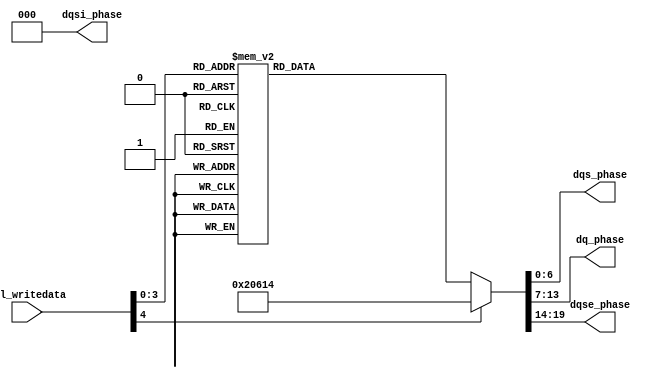
// (C) 2001-2016 Intel Corporation. All rights reserved.
// Your use of Intel Corporation's design tools, logic functions and other 
// software and tools, and its AMPP partner logic functions, and any output 
// files any of the foregoing (including device programming or simulation 
// files), and any associated documentation or information are expressly subject 
// to the terms and conditions of the Intel Program License Subscription 
// Agreement, Intel MegaCore Function License Agreement, or other applicable 
// license agreement, including, without limitation, that your use is for the 
// sole purpose of programming logic devices manufactured by Intel and sold by 
// Intel or its authorized distributors.  Please refer to the applicable 
// agreement for further details.



`timescale 1 ps / 1 ps

module sequencer_scc_siii_phase_decode
    # (parameter
    
    AVL_DATA_WIDTH          =   32,
    DLL_DELAY_CHAIN_LENGTH  =   6
        
    )
    (
    
    avl_writedata,

	dqsi_phase,	
    dqs_phase,	
    dq_phase,	
    dqse_phase
    
);

	input [AVL_DATA_WIDTH - 1:0] avl_writedata;
	
	output [2:0] dqsi_phase;	
	output [6:0] dqs_phase;	
	output [6:0] dq_phase;	
	output [5:0] dqse_phase;
	
	// phase decoding.

	reg [2:0] dqsi_phase;
	reg [6:0] dqs_phase;
	reg [6:0] dq_phase;
	reg [5:0] dqse_phase;

	// decode phases
	
	always @ (*) begin
		dqsi_phase = 0;
		dqs_phase = 0;
		dq_phase = 0;
		dqse_phase = 0;

		case (DLL_DELAY_CHAIN_LENGTH)
		6: begin
			// DQSin = 60, DQS = 180, DQ = 120, DQSE = 120
			dqsi_phase = 3'b000;
			dqs_phase  = 7'b0010100;
			dq_phase   = 7'b0001100;
			dqse_phase = 6'b001000;

			case (avl_writedata[4:0])
			5'b00000: // DQS = 180, DQ = 120, DQSE = 120
				begin
					dqs_phase  = 7'b0010100;
					dq_phase   = 7'b0001100;
					dqse_phase = 6'b001000;
				end
			5'b00001: // DQS = 240, DQ = 180, DQSE = 180
				begin
					dqs_phase  = 7'b0011100;
					dq_phase   = 7'b0010100;
					dqse_phase = 6'b001100;
				end
			5'b00010: // DQS = 300, DQ = 240, DQSE = 240
				begin
					dqs_phase  = 7'b0100110;
					dq_phase   = 7'b0011100;
					dqse_phase = 6'b000110;
				end
			5'b00011: // DQS = 360, DQ = 300, DQSE = 300
				begin
					dqs_phase  = 7'b0010010;
					dq_phase   = 7'b0001010;
					dqse_phase = 6'b001011;
				end
			5'b00100: // DQS = 420, DQ = 360, DQSE = 360
				begin
					dqs_phase  = 7'b0011010;
					dq_phase   = 7'b0010010;
					dqse_phase = 6'b001111;
				end
			5'b00101: // DQS = 480, DQ = 420, DQSE = 420
				begin
					dqs_phase  = 7'b0100001;
					dq_phase   = 7'b0011010;
					dqse_phase = 6'b000101;
				end
			5'b00110: // DQS = 540, DQ = 480
				begin
					dqs_phase  = 7'b0010101;
					dq_phase   = 7'b0001101;
				end
			5'b00111: // DQS = 600, DQ = 540
				begin
					dqs_phase  = 7'b0011101;
					dq_phase   = 7'b0010101;
				end
			5'b01000: // DQS = 660, DQ = 600
				begin
					dqs_phase  = 7'b0100111;
					dq_phase   = 7'b0011101;
				end
			5'b01001: // DQS = 720, DQ = 660
				begin
					dqs_phase  = 7'b0010011;
					dq_phase   = 7'b0001011;
				end
			5'b01010: // DQS = 780, DQ = 720
				begin
					dqs_phase  = 7'b0011011;
					dq_phase   = 7'b0010011;
				end
			default : begin end
			endcase
		end
		8: begin
			// DQSin = 90, DQS = 180, DQ = 90, DQSE = 90
			
			dqsi_phase = 3'b001;
			dqs_phase  = 7'b0010100;
			dq_phase   = 7'b0000100;
			dqse_phase = 6'b001000;

			case (avl_writedata[4:0])
			5'b00000: // DQS = 180, DQ = 90, DQSE = 90
				begin
					dqs_phase  = 7'b0010100;
					dq_phase   = 7'b0000100;
					dqse_phase = 6'b001000;
				end
			5'b00001: // DQS = 225, DQ = 135, DQSE = 135
				begin
					dqs_phase  = 7'b0011100;
					dq_phase   = 7'b0001100;
					dqse_phase = 6'b001100;
				end
			5'b00010: // DQS = 270, DQ = 180, DQSE = 180
				begin
					dqs_phase  = 7'b0100100;
					dq_phase   = 7'b0010100;
					dqse_phase = 6'b010000;
				end
			5'b00011: // DQS = 315, DQ = 225, DQSE = 225
				begin
					dqs_phase  = 7'b0101110;
					dq_phase   = 7'b0011100;
					dqse_phase = 6'b000110;
				end
			5'b00100: // DQS = 360, DQ = 270, DQSE = 270
				begin
					dqs_phase  = 7'b0010010;
					dq_phase   = 7'b0000000;
					dqse_phase = 6'b001010;
				end
			5'b00101: // DQS = 405, DQ = 315, DQSE = 315
				begin
					dqs_phase  = 7'b0011010;
					dq_phase   = 7'b0001010;
					dqse_phase = 6'b001111;
				end
			5'b00110: // DQS = 450, DQ = 360, DQSE = 360
				begin
					dqs_phase  = 7'b0100010;
					dq_phase   = 7'b0010010;
					dqse_phase = 6'b010011;
				end
			5'b00111: // DQS = 495, DQ = 405, DQSE = 405
				begin
					dqs_phase  = 7'b0101001;
					dq_phase   = 7'b0011010;
					dqse_phase = 6'b000101;
				end
			5'b01000: // DQS = 540, DQ = 450
				begin
					dqs_phase  = 7'b0010101;
					dq_phase   = 7'b0000110;
				end
			5'b01001: // DQS = 585, DQ = 495
				begin
					dqs_phase  = 7'b0011101;
					dq_phase   = 7'b0001101;
				end
			5'b01010: // DQS = 630, DQ = 540
				begin
					dqs_phase  = 7'b0100101;
					dq_phase   = 7'b0010101;
				end
			5'b01011: // DQS = 675, DQ = 585
				begin
					dqs_phase  = 7'b0101111;
					dq_phase   = 7'b0011101;
				end
			5'b01100: // DQS = 720, DQ = 630
				begin
					dqs_phase  = 7'b0010011;
					dq_phase   = 7'b0000001;
				end
			5'b01101: // DQS = 765, DQ = 675
				begin
					dqs_phase  = 7'b0011011;
					dq_phase   = 7'b0001011;
				end
			5'b01110: // DQS = 810, DQ = 720
				begin
					dqs_phase  = 7'b0100011;
					dq_phase   = 7'b0010011;
				end
			default : begin end
			endcase
		end
		10: begin
			// DQSin = 72, DQS = 180, DQ = 108, DQSE = 108
			dqsi_phase = 3'b001;
			dqs_phase  = 7'b0010100;
			dq_phase   = 7'b0000100;
			dqse_phase = 6'b001100;

			case (avl_writedata[4:0])
			5'b00000: // DQS = 180, DQ = 108, DQSE = 108
				begin
					dqs_phase  = 7'b0010100;
					dq_phase   = 7'b0000100;
					dqse_phase = 6'b001100;
				end
			5'b00001: // DQS = 216, DQ = 144, DQSE = 144
				begin
					dqs_phase  = 7'b0011100;
					dq_phase   = 7'b0001100;
					dqse_phase = 6'b010000;
				end
			5'b00010: // DQS = 252, DQ = 180, DQSE = 180
				begin
					dqs_phase  = 7'b0100100;
					dq_phase   = 7'b0010100;
					dqse_phase = 6'b010100;
				end
			5'b00011: // DQS = 288, DQ = 216, DQSE = 216
				begin
					dqs_phase  = 7'b0101110;
					dq_phase   = 7'b0011100;
					dqse_phase = 6'b000110;
				end
			5'b00100: // DQS = 324, DQ = 252, DQSE = 252
				begin
					dqs_phase  = 7'b0110110;
					dq_phase   = 7'b0100100;
					dqse_phase = 6'b001010;
				end
			5'b00101: // DQS = 360, DQ = 288, DQSE = 288
				begin
					dqs_phase  = 7'b0010010;
					dq_phase   = 7'b0000010;
					dqse_phase = 6'b001111;
				end
			5'b00110: // DQS = 396, DQ = 324, DQSE = 324
				begin
					dqs_phase  = 7'b0011010;
					dq_phase   = 7'b0001010;
					dqse_phase = 6'b010011;
				end
			5'b00111: // DQS = 432, DQ = 360, DQSE = 360
				begin
					dqs_phase  = 7'b0100010;
					dq_phase   = 7'b0010010;
					dqse_phase = 6'b010111;
				end
			5'b01000: // DQS = 468, DQ = 396, DQSE = 396
				begin
					dqs_phase  = 7'b0101001;
					dq_phase   = 7'b0011010;
					dqse_phase = 6'b000101;
				end
			5'b01001: // DQS = 504, DQ = 432, DQSE = 432
				begin
					dqs_phase  = 7'b0110001;
					dq_phase   = 7'b0100010;
					dqse_phase = 6'b001001;
				end
			5'b01010: // DQS = 540, DQ = 468
				begin
					dqs_phase  = 7'b0010101;
					dq_phase   = 7'b0000101;
				end
			5'b01011: // DQS = 576, DQ = 504
				begin
					dqs_phase  = 7'b0011101;
					dq_phase   = 7'b0001101;
				end
			5'b01100: // DQS = 612, DQ = 540
				begin
					dqs_phase  = 7'b0100101;
					dq_phase   = 7'b0010101;
				end
			5'b01101: // DQS = 648, DQ = 576
				begin
					dqs_phase  = 7'b0101111;
					dq_phase   = 7'b0011101;
				end
			5'b01110: // DQS = 684, DQ = 612
				begin
					dqs_phase  = 7'b0110111;
					dq_phase   = 7'b0100101;
				end
			5'b01111: // DQS = 720, DQ = 648
				begin
					dqs_phase  = 7'b0010011;
					dq_phase   = 7'b0000011;
				end
			5'b10000: // DQS = 756, DQ = 684
				begin
					dqs_phase  = 7'b0011011;
					dq_phase   = 7'b0001011;
				end
			5'b10001: // DQS = 792, DQ = 720
				begin
					dqs_phase  = 7'b0100011;
					dq_phase   = 7'b0010011;
				end
			default : begin end
			endcase
		end
		12: begin
			// DQSin = 60, DQS = 180, DQ = 120, DQSE = 90
			dqsi_phase = 3'b001;
			dqs_phase  = 7'b0010100;
			dq_phase   = 7'b0000100;
			dqse_phase = 6'b001100;

			case (avl_writedata[4:0])
			5'b00000: // DQS = 180, DQ = 120, DQSE = 90
				begin
					dqs_phase  = 7'b0010100;
					dq_phase   = 7'b0000100;
					dqse_phase = 6'b001100;
				end
			5'b00001: // DQS = 210, DQ = 150, DQSE = 120
				begin
					dqs_phase  = 7'b0011100;
					dq_phase   = 7'b0001100;
					dqse_phase = 6'b010000;
				end
			5'b00010: // DQS = 240, DQ = 180, DQSE = 150
				begin
					dqs_phase  = 7'b0100100;
					dq_phase   = 7'b0010100;
					dqse_phase = 6'b010100;
				end
			5'b00011: // DQS = 270, DQ = 210, DQSE = 180
				begin
					dqs_phase  = 7'b0101100;
					dq_phase   = 7'b0011100;
					dqse_phase = 6'b011000;
				end
			5'b00100: // DQS = 300, DQ = 240, DQSE = 210
				begin
					dqs_phase  = 7'b0110110;
					dq_phase   = 7'b0100100;
					dqse_phase = 6'b000110;
				end
			5'b00101: // DQS = 330, DQ = 270, DQSE = 240
				begin
					dqs_phase  = 7'b0111110;
					dq_phase   = 7'b0101100;
					dqse_phase = 6'b001010;
				end
			5'b00110: // DQS = 360, DQ = 300, DQSE = 270
				begin
					dqs_phase  = 7'b0010010;
					dq_phase   = 7'b0000010;
					dqse_phase = 6'b001110;
				end
			5'b00111: // DQS = 390, DQ = 330, DQSE = 300
				begin
					dqs_phase  = 7'b0011010;
					dq_phase   = 7'b0001010;
					dqse_phase = 6'b010011;
				end
			5'b01000: // DQS = 420, DQ = 360, DQSE = 330
				begin
					dqs_phase  = 7'b0100010;
					dq_phase   = 7'b0010010;
					dqse_phase = 6'b010111;
				end
			5'b01001: // DQS = 450, DQ = 390, DQSE = 360
				begin
					dqs_phase  = 7'b0101010;
					dq_phase   = 7'b0011010;
					dqse_phase = 6'b011011;
				end
			5'b01010: // DQS = 480, DQ = 420, DQSE = 390
				begin
					dqs_phase  = 7'b0110001;
					dq_phase   = 7'b0100010;
					dqse_phase = 6'b000101;
				end
			5'b01011: // DQS = 510, DQ = 450, DQSE = 420
				begin
					dqs_phase  = 7'b0111001;
					dq_phase   = 7'b0101010;
					dqse_phase = 6'b001001;
				end
			5'b01100: // DQS = 540, DQ = 480
				begin
					dqs_phase  = 7'b0010101;
					dq_phase   = 7'b0000101;
				end
			5'b01101: // DQS = 570, DQ = 510
				begin
					dqs_phase  = 7'b0011101;
					dq_phase   = 7'b0001101;
				end
			5'b01110: // DQS = 600, DQ = 540
				begin
					dqs_phase  = 7'b0100101;
					dq_phase   = 7'b0010101;
				end
			5'b01111: // DQS = 630, DQ = 570
				begin
					dqs_phase  = 7'b0101101;
					dq_phase   = 7'b0011101;
				end
			5'b10000: // DQS = 660, DQ = 600
				begin
					dqs_phase  = 7'b0110111;
					dq_phase   = 7'b0100101;
				end
			5'b10001: // DQS = 690, DQ = 630
				begin
					dqs_phase  = 7'b0111111;
					dq_phase   = 7'b0101101;
				end
			5'b10010: // DQS = 720, DQ = 660
				begin
					dqs_phase  = 7'b0010011;
					dq_phase   = 7'b0000011;
				end
			5'b10011: // DQS = 750, DQ = 690
				begin
					dqs_phase  = 7'b0011011;
					dq_phase   = 7'b0001011;
				end
			5'b10100: // DQS = 780, DQ = 720
				begin
					dqs_phase  = 7'b0100011;
					dq_phase   = 7'b0010011;
				end
			5'b10101: // DQS = 810, DQ = 750
				begin
					dqs_phase  = 7'b0101011;
					dq_phase   = 7'b0011011;
				end
			default : begin end
			endcase
		end
		default : begin end
		endcase
	end

	
endmodule